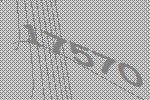
17570